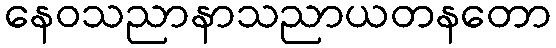
နေဝသညာနာသညာယတနတော